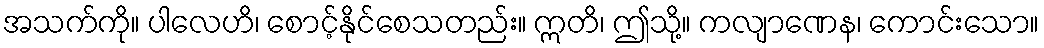
အသက်ကို။ ပါလေဟိ၊ စောင့်နိုင်စေသတည်း။ ဣတိ၊ ဤသို့။ ကလျာဏေန၊ ကောင်းသော။